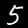
Digit: 5